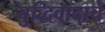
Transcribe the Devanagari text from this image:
बुद्धिवादाचे